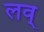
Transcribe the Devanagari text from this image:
लव्